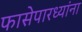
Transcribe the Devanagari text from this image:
फासेपारध्यांना